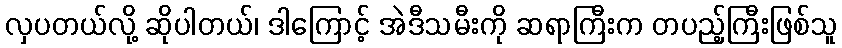
လှပတယ်လို့ ဆိုပါတယ်၊ ဒါကြောင့် အဲဒီသမီးကို ဆရာကြီးက တပည့်ကြီးဖြစ်သူ